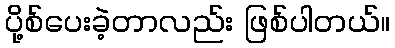
ပို့စ်ပေးခဲ့တာလည်း ဖြစ်ပါတယ်။